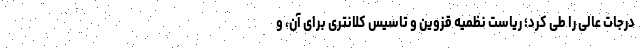
درجات عالی را طی کرد؛ ریاست نظمیه قزوین و تاسیس کلانتری برای آن، و